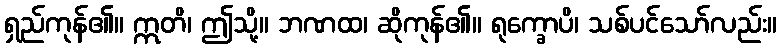
ရှည်ကုန်၏။ ဣတိ၊ ဤသို့။ ဘဏထ၊ ဆိုကုန်၏။ ရုက္ခောပိ၊ သစ်ပင်သော်လည်း။